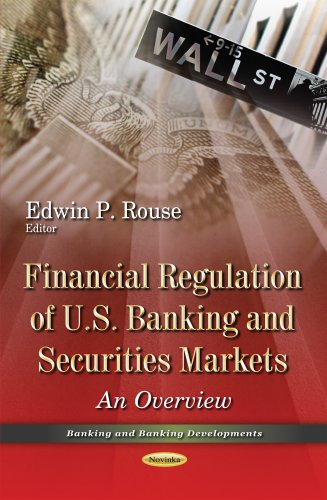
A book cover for Financial Regulation of U.S. Banking and Securities Markets: An Overview (Banking and Banking Developments); Law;